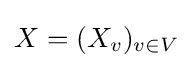
X=(X_{v})_{v\in V}